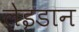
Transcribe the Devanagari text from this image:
लेइडान